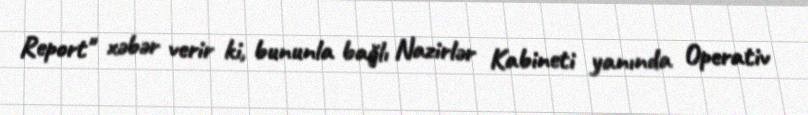
Report" xəbər verir ki, bununla bağlı Nazirlər Kabineti yanında Operativ